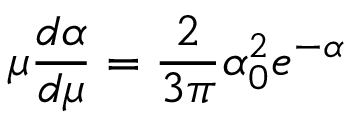
\mu \frac { d \alpha } { d \mu } = \frac { 2 } { 3 \pi } \alpha _ { 0 } ^ { 2 } e ^ { - \alpha }